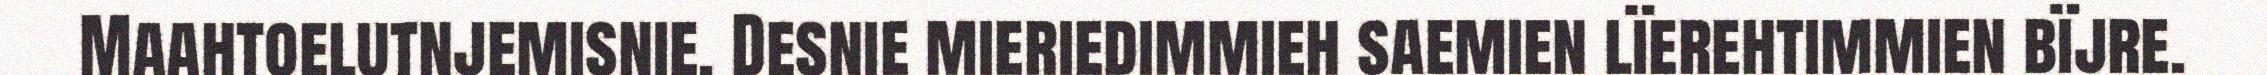
Maahtoelutnjemisnie. Desnie mieriedimmieh saemien lïerehtimmien bïjre.